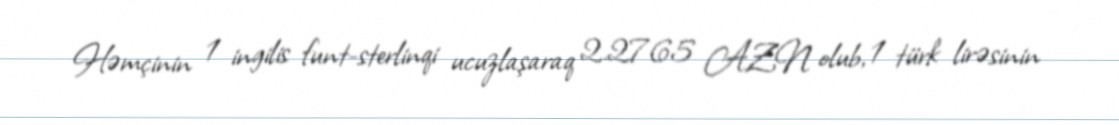
Həmçinin 1 ingilis funt-sterlinqi ucuzlaşaraq 2.2765 AZN olub, 1 türk lirəsinin